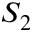
S _ { 2 }